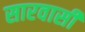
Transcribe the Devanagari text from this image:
सारवासी